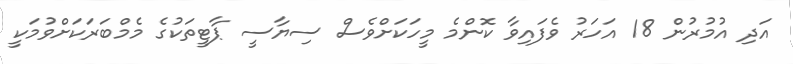
އަދި އުމުރުން 18 އަހަރު ވެފައިވާ ކޮންމެ މީހަކަށްވެސް ސިޔާސީ ޕާޓީތަކުގެ މެމްބަރަކަށްވުމަކީ